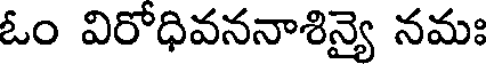
ఓం విరోధివననాశిన్యై నమః